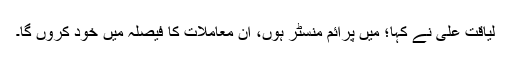
لیاقت علی نے کہا؛ میں پرائم منسٹر ہوں، ان معاملات کا فیصلہ میں خود کروں گا۔